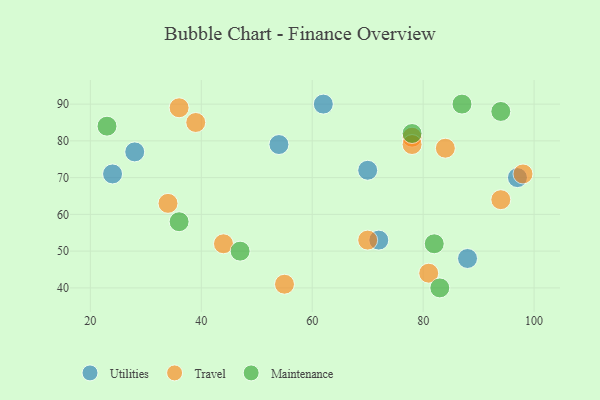
{"axis": {"x": "GDP", "y": "Life Expectancy"}, "legend": ["Maintenance", "Travel", "Utilities"], "data": [{"x": "72", "y": 53, "type": "Utilities"}, {"x": "70", "y": 72, "type": "Utilities"}, {"x": "28", "y": 77, "type": "Utilities"}, {"x": "24", "y": 71, "type": "Utilities"}, {"x": "88", "y": 48, "type": "Utilities"}, {"x": "62", "y": 90, "type": "Utilities"}, {"x": "54", "y": 79, "type": "Utilities"}, {"x": "97", "y": 70, "type": "Utilities"}, {"x": "78", "y": 81, "type": "Travel"}, {"x": "36", "y": 89, "type": "Travel"}, {"x": "78", "y": 79, "type": "Travel"}, {"x": "55", "y": 41, "type": "Travel"}, {"x": "94", "y": 64, "type": "Travel"}, {"x": "84", "y": 78, "type": "Travel"}, {"x": "81", "y": 44, "type": "Travel"}, {"x": "44", "y": 52, "type": "Travel"}, {"x": "98", "y": 71, "type": "Travel"}, {"x": "70", "y": 53, "type": "Travel"}, {"x": "39", "y": 85, "type": "Travel"}, {"x": "34", "y": 63, "type": "Travel"}, {"x": "47", "y": 50, "type": "Maintenance"}, {"x": "23", "y": 84, "type": "Maintenance"}, {"x": "83", "y": 40, "type": "Maintenance"}, {"x": "87", "y": 90, "type": "Maintenance"}, {"x": "94", "y": 88, "type": "Maintenance"}, {"x": "36", "y": 58, "type": "Maintenance"}, {"x": "82", "y": 52, "type": "Maintenance"}, {"x": "78", "y": 82, "type": "Maintenance"}]}